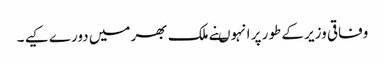
وفاقی وزیر کے طور پر انہوںنے ملک بھر میں دورے کیے ۔